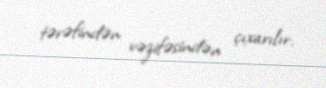
tərəfindən vəzifəsindən çıxarılır.